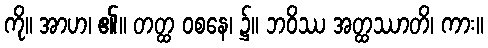
ကို။ အာဟ၊ ၏။ တတ္ထ ဝစနေ၊ ၌။ ဘဝိဿ အတ္ထဿာတိ၊ ကား။